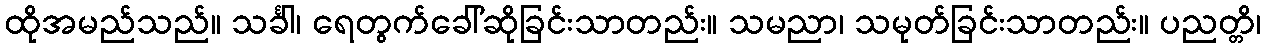
ထိုအမည်သည်။ သင်္ခါ၊ ရေတွက်ခေါ်ဆိုခြင်းသာတည်း။ သမညာ၊ သမုတ်ခြင်းသာတည်း။ ပညတ္တိ၊